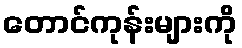
တောင်ကုန်းများကို